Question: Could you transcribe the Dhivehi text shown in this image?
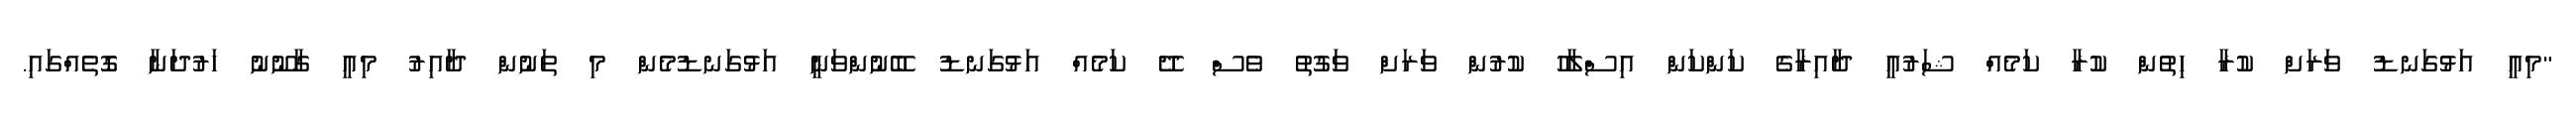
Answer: "މިއީ އަޅުގަނޑު ވަރަށް ކުރާ ހިތުން ކުރާ ކަމެއް ޝަރުއީ ދާއިރާގެ ކަންކަން އިސްލާހު ކުރުން ވަރަށް ވަގުތު ވެސް ދޭ ކަމެއް އަޅުގަނޑު ބޭނުންވަނީ އަޅުގަނޑުމެން މި ތަނުން ދާއިރު މިއީ ގާނޫނު ހަރުދަނާ ގޮތެއްގައި.